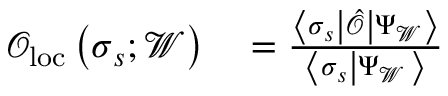
\begin{array} { r l } { \mathcal { O } _ { \mathrm { l o c } } \left( \boldsymbol { \sigma } _ { s } ; \mathcal { W } \right) } & { { } = \frac { \left\langle \boldsymbol { \sigma } _ { s } \left| \hat { \mathcal { O } } \right| \Psi _ { \mathcal { W } } \right\rangle } { \left\langle \boldsymbol { \sigma } _ { s } \left| \Psi _ { \mathcal { W } } \right. \right\rangle } } \end{array}